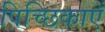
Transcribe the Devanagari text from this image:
पिच्छिकाएँ